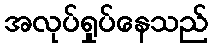
အလုပ်ရှုပ်နေသည်